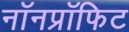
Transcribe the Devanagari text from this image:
नॉनप्रॉफिट